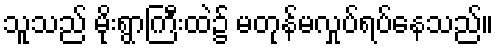
သူသည် မိုးရွာကြီးထဲ၌ မတုန်မလှုပ်ရပ်နေသည်။